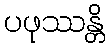
ပဖုဿန္တိ